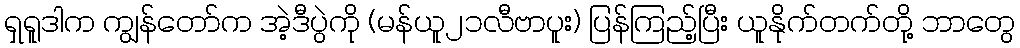
ရှရူဒါက ကျွန်တော်က အဲ့ဒီပွဲကို (မန်ယူ၂၁လီဗာပူး) ပြန်ကြည့်ပြီး ယူနိုက်တက်တို့ ဘာတွေ